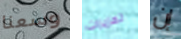
وسعنا تعزيزات إن